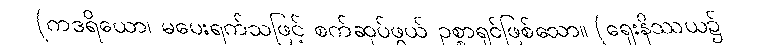
(ကဒရိယော၊ မပေးရက်သဖြင့် စက်ဆုပ်ဖွယ် ဥစ္စာရှင်ဖြစ်သော။ (ရှေးနိဿယ၌